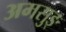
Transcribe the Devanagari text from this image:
अमसुङ्